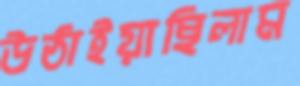
উঠাইয়াছিলাম